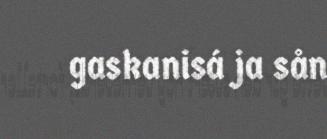
gaskanisá ja sån